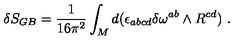
\delta S _ { G B } = { \frac { 1 } { 1 6 \pi ^ { 2 } } } \int _ { M } d ( \epsilon _ { a b c d } \delta \omega ^ { a b } \wedge R ^ { c d } ) \ .